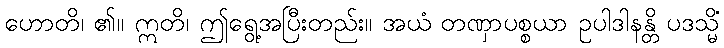
ဟောတိ၊ ၏။ ဣတိ၊ ဤရွေ့အပြီးတည်း။ အယံ တဏှာပစ္စယာ ဥပါဒါနန္တိ ပဒသ္မိံ